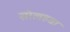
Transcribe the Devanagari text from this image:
सोलहवा